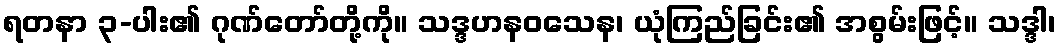
ရတနာ ၃-ပါး၏ ဂုဏ်တော်တို့ကို။ သဒ္ဒဟနဝသေန၊ ယုံကြည်ခြင်း၏ အစွမ်းဖြင့်။ သဒ္ဒါ၊